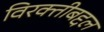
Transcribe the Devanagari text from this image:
विरक्तीबद्दल